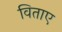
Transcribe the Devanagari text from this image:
विताए